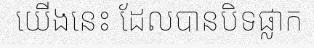
យើងនេះ ដែលបានបិទផ្លាក